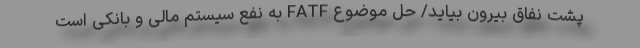
پشت نفاق بیرون بیاید/ حل موضوع FATF به نفع سیستم مالی و بانکی است